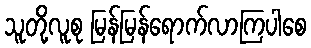
သူတို့လူစု မြန်မြန်ရောက်လာကြပါစေ